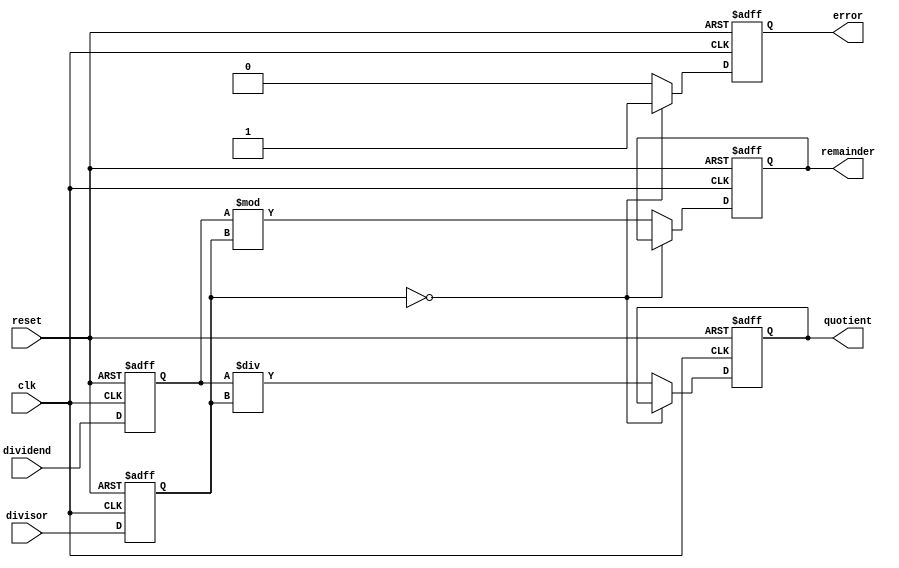
module synchronous_divider (
    input wire clk,
    input wire reset,
    input wire [31:0] dividend,
    input wire [31:0] divisor,
    output reg [31:0] quotient,
    output reg [31:0] remainder,
    output reg error
);

reg [31:0] dividend_reg;
reg [31:0] divisor_reg;
reg [31:0] quotient_reg;
reg [31:0] remainder_reg;

always @(posedge clk or posedge reset) begin
    if (reset) begin
        quotient_reg <= 0;
        remainder_reg <= 0;
        error <= 0;
        dividend_reg <= 0;
        divisor_reg <= 0;
    end else begin
        dividend_reg <= dividend;
        divisor_reg <= divisor;
        
        if (divisor_reg == 0) begin
            error <= 1;
        end else begin
            quotient_reg <= dividend_reg / divisor_reg;
            remainder_reg <= dividend_reg % divisor_reg;
            error <= 0;
        end
    end
end

assign quotient = quotient_reg;
assign remainder = remainder_reg;

endmodule